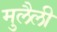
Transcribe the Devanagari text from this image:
मुलैली